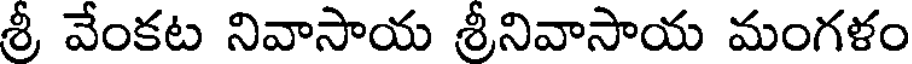
శ్రీ వేంకట నివాసాయ శ్రీనివాసాయ మంగళం